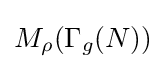
M_{\rho }(\Gamma _{g}(N))